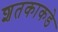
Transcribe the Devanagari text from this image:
शतकाकडे